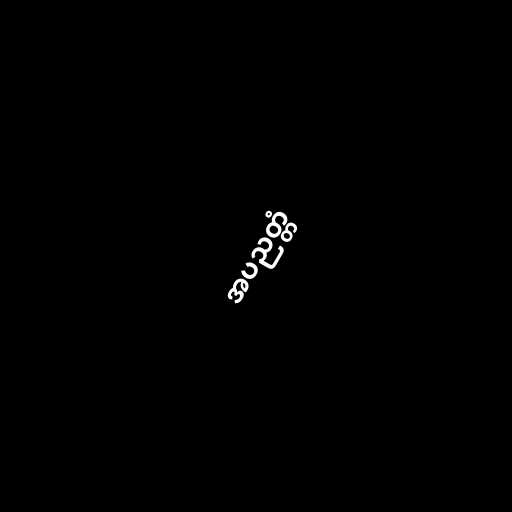
အပညတ္တံ